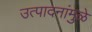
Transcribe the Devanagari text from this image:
उत्पादनांमुळे